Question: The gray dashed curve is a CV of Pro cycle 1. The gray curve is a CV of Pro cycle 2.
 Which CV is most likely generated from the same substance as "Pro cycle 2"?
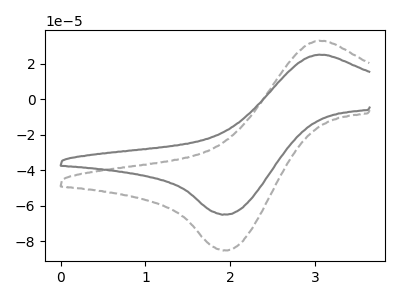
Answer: <think>The gray dashed curve "Pro cycle 1" has an anodic peak at (3.05V, 33.00uA) and a cathodic peak at (1.95V, -85.15uA). The gray curve "Pro cycle 2" has an anodic peak at (3.05V, 25.15uA) and a cathodic peak at (1.95V, -64.90uA).
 All the peaks in "Pro cycle 1" have a peak in "Pro cycle 2" at the same potential. Every peak in "Pro cycle 1" is higher than every peak in "Pro cycle 2".</think>
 <answer>The CV with the most similar shape to "Pro cycle 1" is "Pro cycle 2".</answer>
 <eval>"Pro cycle 2"</eval>